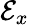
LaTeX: \mathcal{E}_{x}